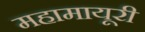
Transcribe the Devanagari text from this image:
महामायूरी